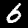
Label: 6